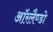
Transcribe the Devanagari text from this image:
ऑरलैण्डो